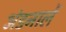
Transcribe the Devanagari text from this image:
अंडनालें